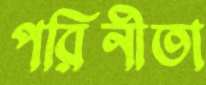
পরিনীতা